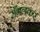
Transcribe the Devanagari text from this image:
सँभलकर